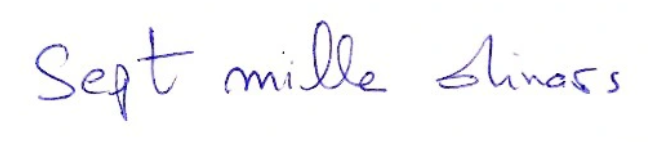
Sept mille dinars